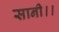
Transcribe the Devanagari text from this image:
सानी।।